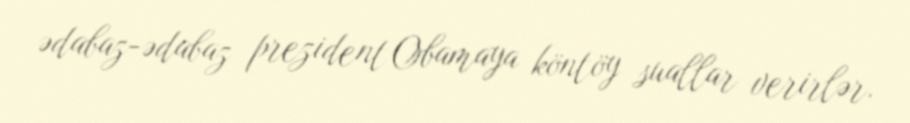
ədabaz-ədabaz prezident Obamaya köntöy suallar verirlər.